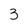
Character: 3